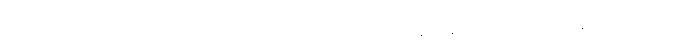
ဝိညာဏာဘာဝသင်္ခါတေ၊ ပဌမာရုပ္ပဝိညာဉ်၏ မရှိခြင်း နတ္ထိဘောပညတ်ဟု ဆိုအပ်သော။